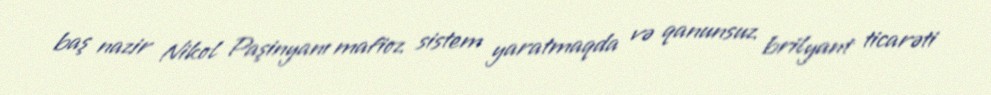
baş nazir Nikol Paşinyanı mafioz sistem yaratmaqda və qanunsuz brilyant ticarəti